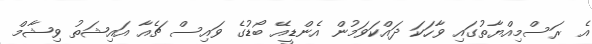
އެ ރަސްމިއްޔާތުގައި ވާހަކަ ދައްކަވަމުން އެންޑީއޭ ބޯޑުގެ ވައިސް ޗެއާ އައިޝަތު ވިޝާމް